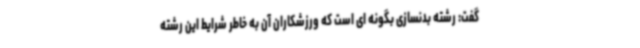
گفت: رشته بدنسازی بگونه ای است که ورزشکاران آن به خاطر شرایط این رشته